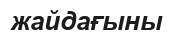
жайдағыны